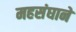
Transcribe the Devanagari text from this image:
महसंघाने